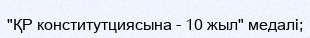
"ҚР конститутциясына - 10 жыл" медалі;